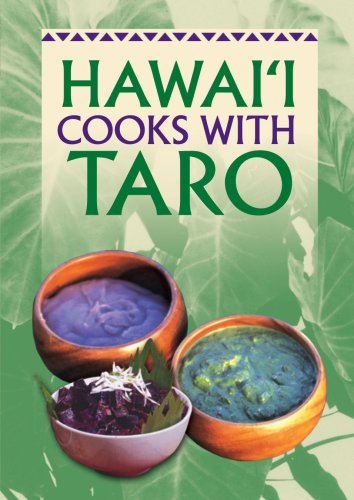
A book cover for Hawaii Cooks With Taro; Marcia Zina Mager; Cookbooks, Food & Wine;